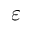
\varepsilon